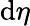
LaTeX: \mathrm{d}\eta